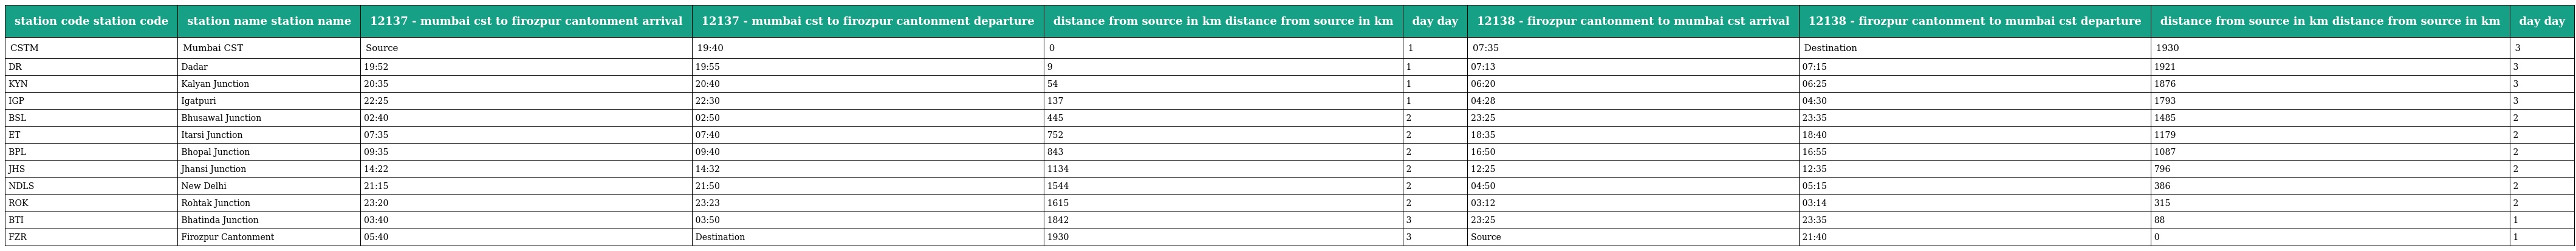
| station code station code | station name station name | 12137 - mumbai cst to firozpur cantonment arrival | 12137 - mumbai cst to firozpur cantonment departure | distance from source in km distance from source in km | day day | 12138 - firozpur cantonment to mumbai cst arrival | 12138 - firozpur cantonment to mumbai cst departure | distance from source in km distance from source in km | day day |
 | --- | --- | --- | --- | --- | --- | --- | --- | --- | --- |
 | CSTM | Mumbai CST | Source | 19:40 | 0 | 1 | 07:35 | Destination | 1930 | 3 |
 | DR | Dadar | 19:52 | 19:55 | 9 | 1 | 07:13 | 07:15 | 1921 | 3 |
 | KYN | Kalyan Junction | 20:35 | 20:40 | 54 | 1 | 06:20 | 06:25 | 1876 | 3 |
 | IGP | Igatpuri | 22:25 | 22:30 | 137 | 1 | 04:28 | 04:30 | 1793 | 3 |
 | BSL | Bhusawal Junction | 02:40 | 02:50 | 445 | 2 | 23:25 | 23:35 | 1485 | 2 |
 | ET | Itarsi Junction | 07:35 | 07:40 | 752 | 2 | 18:35 | 18:40 | 1179 | 2 |
 | BPL | Bhopal Junction | 09:35 | 09:40 | 843 | 2 | 16:50 | 16:55 | 1087 | 2 |
 | JHS | Jhansi Junction | 14:22 | 14:32 | 1134 | 2 | 12:25 | 12:35 | 796 | 2 |
 | NDLS | New Delhi | 21:15 | 21:50 | 1544 | 2 | 04:50 | 05:15 | 386 | 2 |
 | ROK | Rohtak Junction | 23:20 | 23:23 | 1615 | 2 | 03:12 | 03:14 | 315 | 2 |
 | BTI | Bhatinda Junction | 03:40 | 03:50 | 1842 | 3 | 23:25 | 23:35 | 88 | 1 |
 | FZR | Firozpur Cantonment | 05:40 | Destination | 1930 | 3 | Source | 21:40 | 0 | 1 |